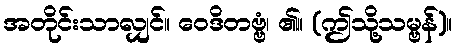
အတိုင်းသာလျှင်။ ဝေဒိတဗ္ဗံ၊ ၏။ (ဤသို့သမ္ဗန်)။